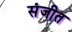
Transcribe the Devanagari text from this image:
संजीत